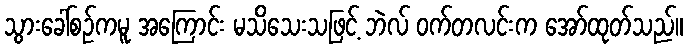
သွားခေါ်စဉ်ကမူ အကြောင်း မသိသေးသဖြင့် ဘဲလ် ဝက်တလင်းက အော်ထုတ်သည်။